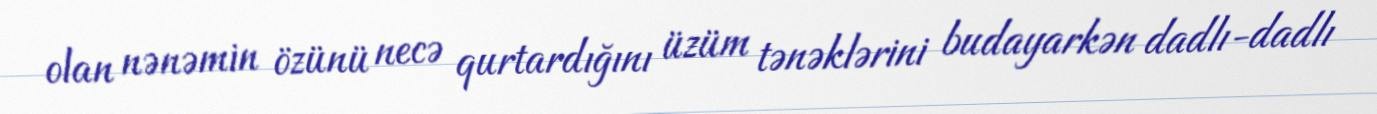
olan nənəmin özünü necə qurtardığını üzüm tənəklərini budayarkən dadlı-dadlı